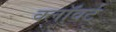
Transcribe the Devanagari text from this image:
क्लॉवर्ट